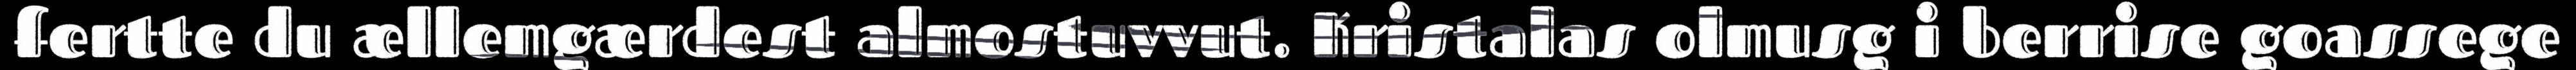
fertte du ællemgærdest almostuvvut. Kristalas olmusg i berrise goassege